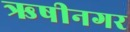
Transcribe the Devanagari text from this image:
ऋषीनगर